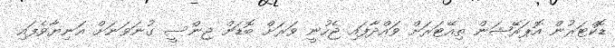
ޑޮކްޓަރުން އޮޕަރޭޝަން ތިއޭޓަރަށް ވައްދާފައި ޖެހުނީ ވަރަށް ބޮޑަށް ޖިންސީ ގުނަވަނަށް އަނިޔާވެފައި